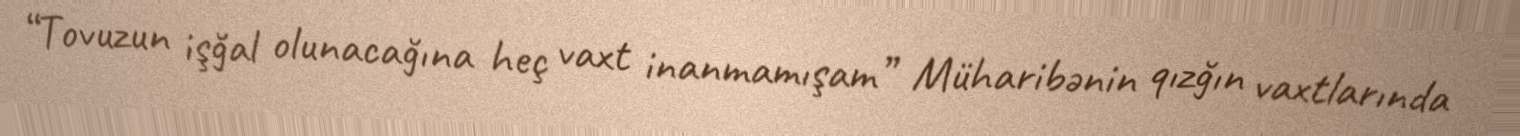
“Tovuzun işğal olunacağına heç vaxt inanmamışam” Müharibənin qızğın vaxtlarında